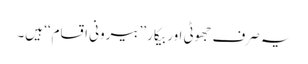
یہ صرف جھوٹی اور بیکار ’’بیرونی اقسام‘‘ ہیں۔